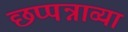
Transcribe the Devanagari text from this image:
छप्पन्नाव्या